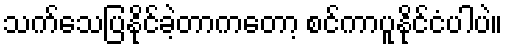
သက်သေပြနိုင်ခဲ့တာကတော့ စင်ကာပူနိုင်ငံပါပဲ။